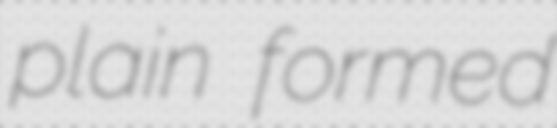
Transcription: plain formed